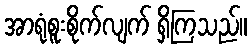
အာရုံစူးစိုက်လျက် ရှိကြသည်။